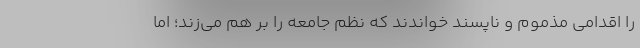
را اقدامی مذموم و ناپسند خواندند که نظم جامعه را بر هم می‌زند؛ اما